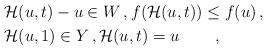
LaTeX: \begin{align*}& \mathcal{H}(u,t) - u \in W\,,f(\mathcal{H}(u,t)) \leq f(u)\,,\\&\mathcal{H}(u,1) \in Y\,,\mathcal{H}(u,t)=u \qquad\,,\end{align*}